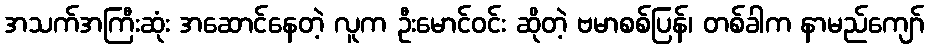
အသက်အကြီးဆုံး အဆောင်နေတဲ့ လူက ဦးမောင်ဝင်း ဆိုတဲ့ ဗမာစစ်ပြန်၊ တစ်ခါက နာမည်ကျော်